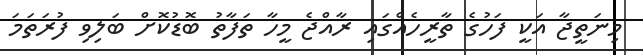
މިނަތީޖާ އަކީ ފަހުގެ ތާރީހެއްގައި ރާއްޖެ މީހާ ތަފާތު ބޮޑުކޮށް ބަލިވި ފުރަތަމަ